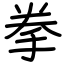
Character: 拳